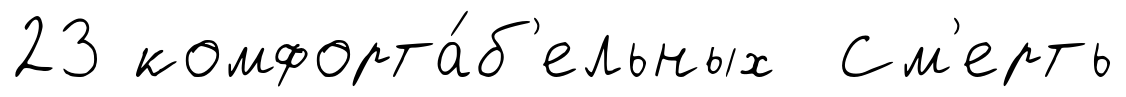
23 комфорта́б'ельных См'ерть